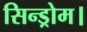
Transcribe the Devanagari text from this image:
सिन्ड्रोम।